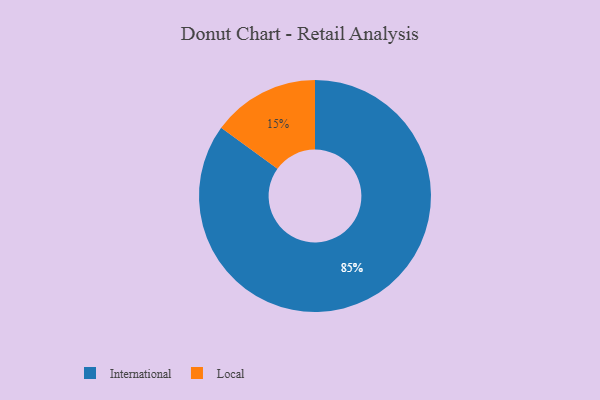
{"axis": {"x": "Category", "y": "Percentage"}, "legend": ["International", "Local"], "data": [{"x": "Local", "y": 15, "type": "Local"}, {"x": "International", "y": 85, "type": "International"}]}